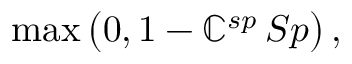
\operatorname* { m a x } \big ( 0 , 1 - \mathbb { C } _ { } ^ { s p } \, S p \big ) \, ,